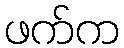
ဖက်က